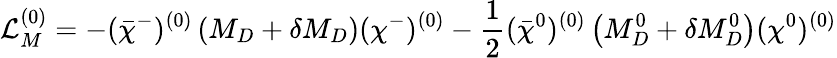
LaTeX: {\cal L}_{M}^{(0)}=-(\bar{\chi}^{-})^{(0)}\left(M_{D}+\delta M_{D}\right)(\chi^{-})^{(0)}-\frac{1}{2}(\bar{\chi}^{0})^{(0)}\left(M_{D}^{0}+\delta M_{D}^{0}\right)(\chi^{0})^{(0)}